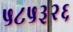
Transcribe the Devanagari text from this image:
५८५३२६